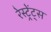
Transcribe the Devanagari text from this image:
रेस्ट्रेंट्स